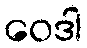
ဝေဒါ